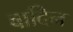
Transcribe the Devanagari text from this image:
वादिन